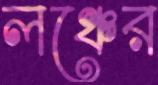
লঞ্চের